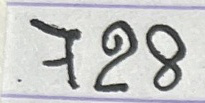
728